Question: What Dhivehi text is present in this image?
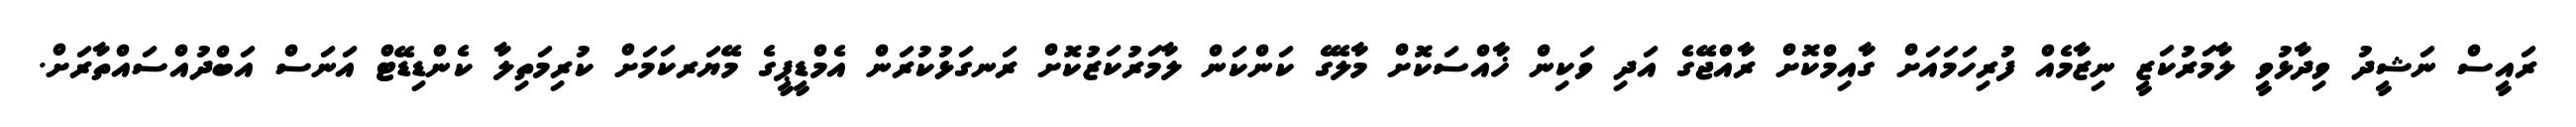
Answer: ރައީސް ނަޝީދު ވިދާޅުވީ ލާމަރުކަޒީ ނިޒާމެއް ފުރިހަމައަށް ގާއިމްކޮށް ރާއްޖޭގެ އަދި ވަކިން ޚާއްސަކޮށް މާލޭގެ ކަންކަން ލާމަރުކަޒުކޮށް ރަނގަޅުކުރަން އެމްޑީޕީގެ މޭޔަރކަމަށް ކުރިމަތިލާ ކެންޑިޑޭޓް އަނަސް އަބްދުއްސައްތާރަށް.